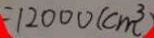
= 1 2 0 0 0 ( c m ^ { 3 } )